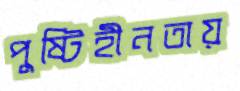
পুষ্টিহীনতায়